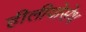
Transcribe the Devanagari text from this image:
हीलीयोसेथ